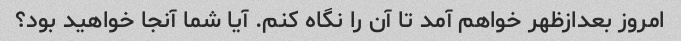
امروز بعدازظهر خواهم آمد تا آن را نگاه کنم. آیا شما آنجا خواهید بود؟